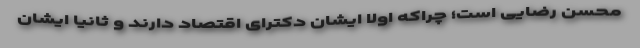
محسن رضایی است؛ چرا‌که اولا ایشان دکترای اقتصاد دارند و ثانیا ایشان